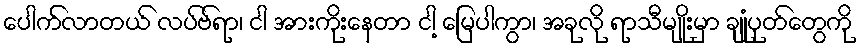
ပေါက်လာတယ် လပ်ဗ်ရာ၊ ငါ အားကိုးနေတာ ငါ့ မြေပါကွာ၊ အခုလို ရာသီမျိုးမှာ ချုံပုတ်တွေကို